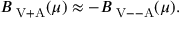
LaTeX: B _ { \mathrm { { \scriptsize ~ V + A } } } ( \mu ) \approx - B _ { \mathrm { { \scriptsize ~ V - - A } } } ( \mu ) .